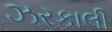
ઝરકાલી